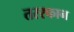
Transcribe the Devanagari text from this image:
तरस्कान